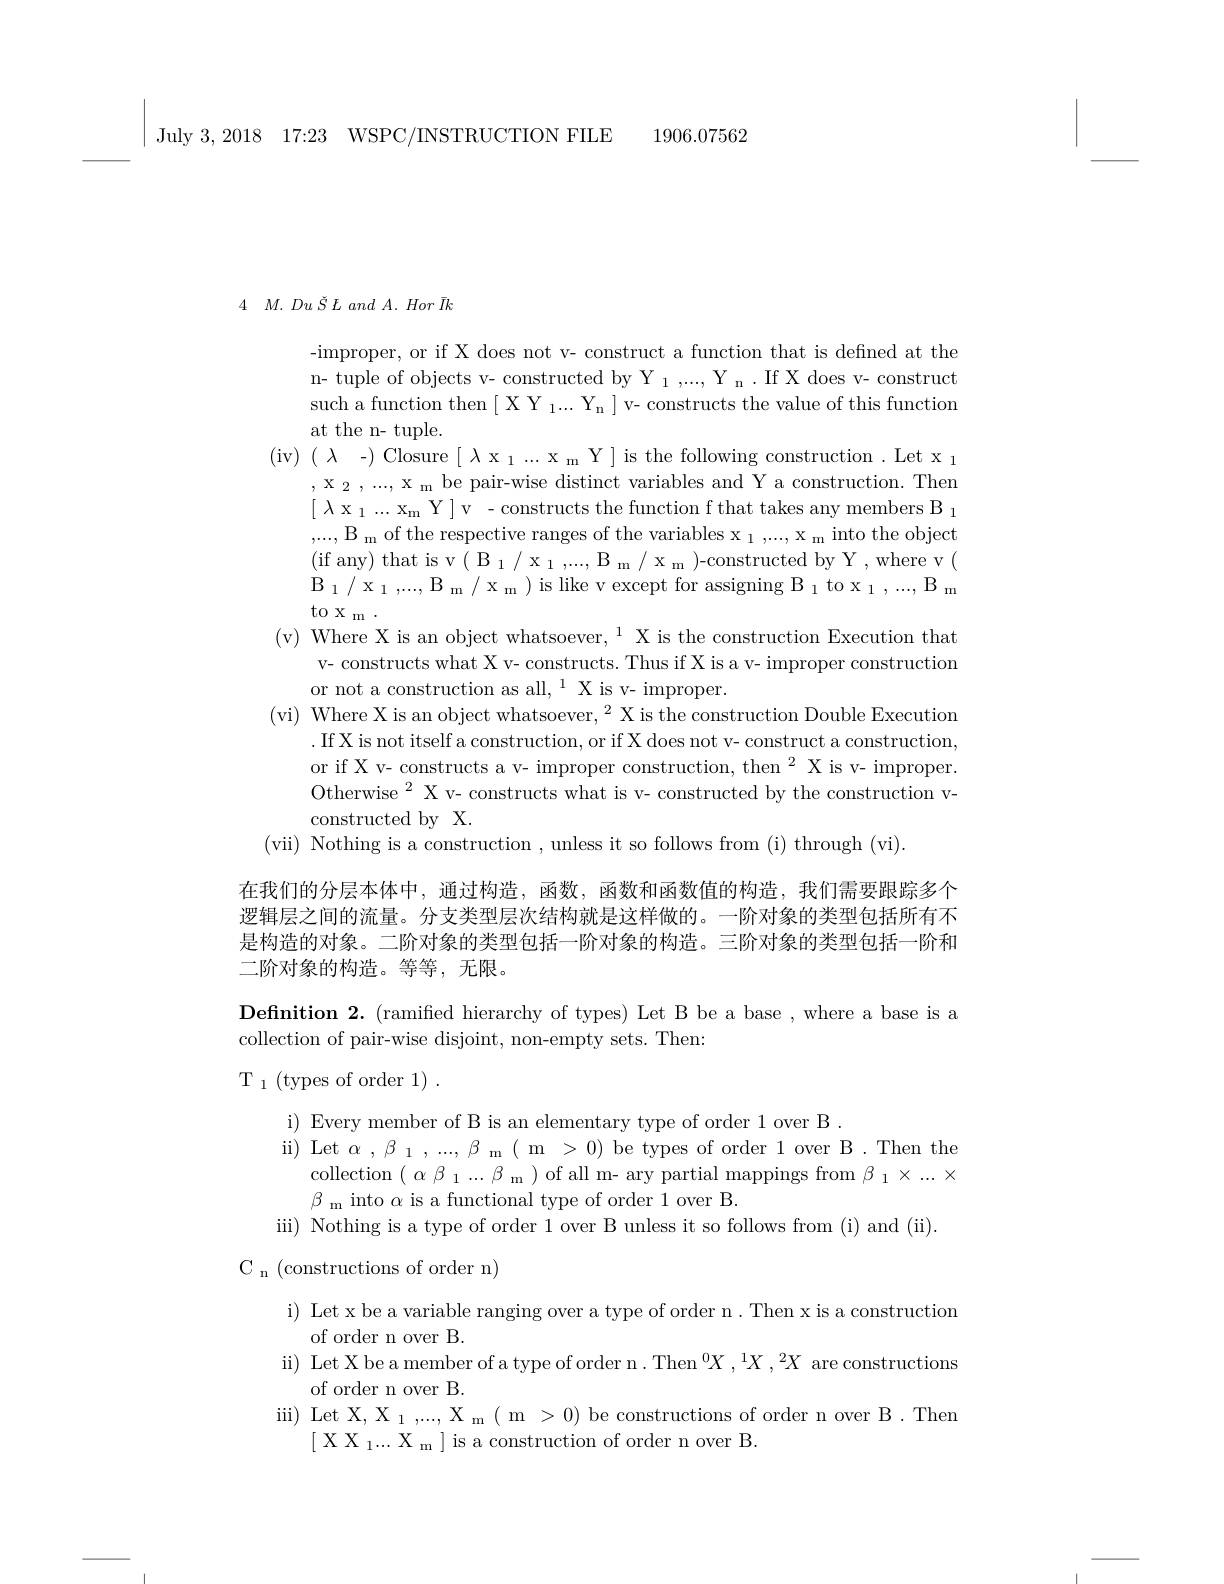
July 3,2018 17:23 WSPC/INSTRUCTION FILE

1906.07562

4 $M.$ $Du$ $\check{S}$ $L$ and $A.$ Hor $\bar{I} k$

-improper, or if X does not v- construct a function that is defined at the n- tuple of objects v- constructed by Y $_1,...$, Y n . If X does v- construct such a function then $[\begin{array}{c}\mathrm{X~Y~}_{1}...&\mathrm{Y_{n}}\end{array}]$v- constructs the value of this function at the n- tuple.
( iv) ( $\lambda$ - ) Closure [ $\lambda$ x
, $x_{2}$ , . . . , $x_{m}$ be pair $\begin{bmatrix}\lambda\text{x }_{1}\ldots\text{x}_{\mathrm{m}}\text{ Y}\end{bmatrix}$v-constructs the function f that takes any members B$_1$ ,...,B m of the respective ( ifany) that is v( $B_{1}$/ $x_{1}$ , . . . , $B_{m}$ / $x_{m}$ ) - constructed by Y, where v( $B_{1}$/ $x_{1}$, . . . , $B_{m}$/ $x_{m}$ to x m .
(v) Where X is an object wha
v- constructs what X v- cons
or not a construction as all
(vi) Where X is an object wh
.If X is not itself a cons or if X v- constructs a v- i Otherwise$^2$ X v- construct constructed by X.
(vii) Nothing is a constru

在我们的分层本体中，通过构造，函数，函数和函数值的构造，我们需要跟踪多个逻辑层之间的流量。分支类型层次结构就是这样做的。一阶对象的类型包括所有不是构造的对象。二阶对象的类型包括一阶对象的构造。三阶对象的类型包括一阶和二阶对象的构造。等等，无限。
Definition 2. (ramified hierarchy of types) Let B be a base , where a base is a
collection of pair-wise disjoint, non-empty sets. Then:
$\mathrm{T}_{1}$(types of order 1).
i) Every member of B is an elementary type of order 1 over B .
ii)  Let $\alpha$ $, \beta _{1}$ $, . . . , \beta _{\mathrm{m} }$ ( m > 0 )be types of order 1 over B.Then the
collection$(\alpha\beta_{1}...\beta_{\mathrm{m}})$of all m- ary partial mappings from $\beta_{1}\times...\times$
$\beta_{\mathrm{~m~into~}\alpha\text{ is a functional type of order 1 over B}.}$
iii) Nothing is a type of order 1 over B unless it so follows from (i) and (ii).
C n (constructions of order n)
i) Let x be a variable ranging over a type of order n. Then x is a construction
of order n over B.
ii) Let X be a member of a type of order n. Then $^0X,^1X,^2X$ are constructions
of order n over B.
iii) Let X, X $_1,...$, X m( m > 0) be constructions of order n over B.Then
$[\text{ X X }_{1}...\text{X }_{\mathrm{m}}]$ is a construction of order n over B.